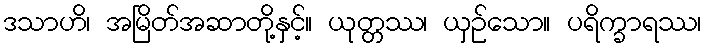
ဒသာဟိ၊ အမြိတ်အဆာတို့နှင့်။ ယုတ္တဿ၊ ယှဉ်သော။ ပရိက္ခာရဿ၊